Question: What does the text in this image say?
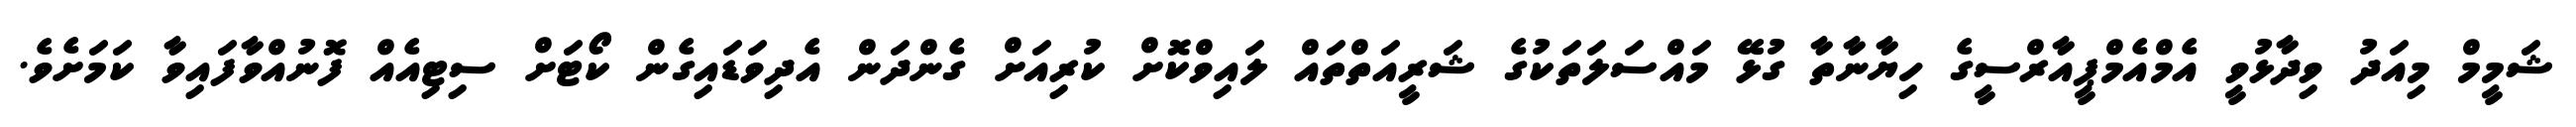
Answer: ޝަމީމް މިއަދު ވިދާޅުވީ އެމްއެމްޕީއާރްސީގެ ހިޔާނާތާ ގުޅޭ މައްސަލަތަކުގެ ޝަރީއަތްތައް ލައިވްކޮށް ކުރިއަށް ގެންދަން އެދިވަޑައިގެން ކޯޓަށް ސިޓިއެއް ފޮނުއްވާފައިވާ ކަމަށެވެ.